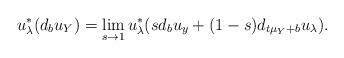
LaTeX: \begin{align*}u_{\lambda}^*(d_bu_Y) = \lim_{s\rightarrow 1}u_{\lambda}^*(sd_bu_y+(1-s)d_{t\mu_Y+b}u_{\lambda}).\end{align*}